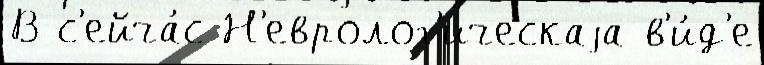
В с'ейча́с Н'евролог'ическаjа в'и́д'е